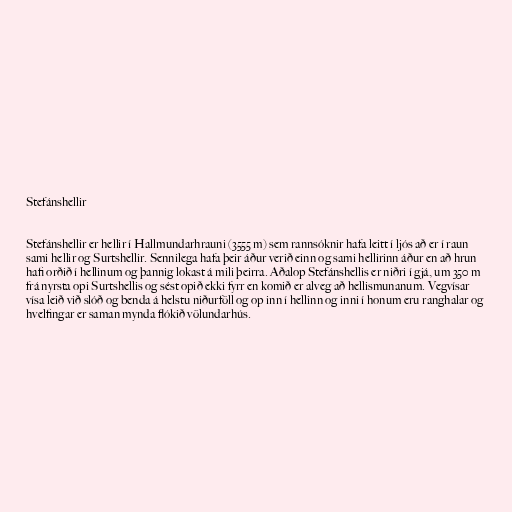
Stefánshellir

Stefánshellir er hellir í Hallmundarhrauni (3555 m) sem rannsóknir hafa leitt í ljós að er í raun
sami hellir og Surtshellir. Sennilega hafa þeir áður verið einn og sami hellirinn áður en að hrun
hafi orðið í hellinum og þannig lokast á mili þeirra. Aðalop Stefánshellis er niðri í gjá, um 350 m
frá nyrsta opi Surtshellis og sést opið ekki fyrr en komið er alveg að hellismunanum. Vegvísar
vísa leið við slóð og benda á helstu niðurföll og op inn í hellinn og inni í honum eru ranghalar og
hvelfingar er saman mynda flókið völundarhús.